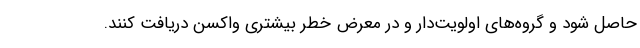
حاصل شود و گروه‌های اولویت‌دار و در معرض خطر بیشتری واکسن دریافت کنند.